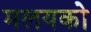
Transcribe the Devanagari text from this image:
मलयको